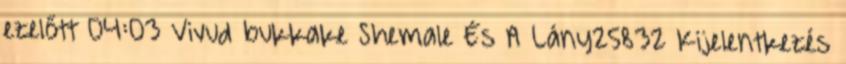
ezelőtt 04:03 Vivud bukkake Shemale És A Lány25832 Kijelentkezés